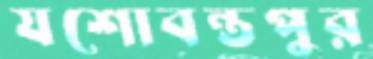
যশোবন্তপুর